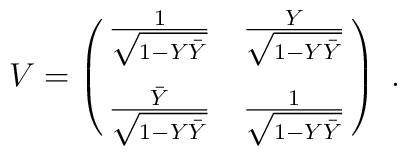
V =\pmatrix{ {1\over \sqrt { 1- Y \bar Y}} &  {Y\over \sqrt { 1- Y \bar Y}} \cr\cr {\bar Y \over \sqrt { 1- Y \bar Y}} &  {1\over \sqrt { 1- Y \bar Y}} \cr} \ .